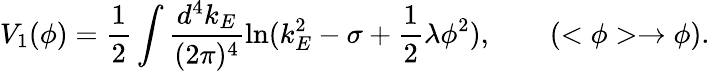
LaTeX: V_{1}(\phi)=\frac 12\int\frac{d^{4}k_{E}}{(2\pi)^{4}}\ln(k_{E}^{2}-\sigma+\frac 12\lambda\phi^{2}),\qquad(<\phi>\rightarrow\phi).